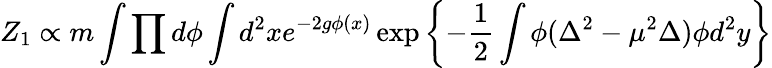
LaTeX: Z_{1}\propto m\int\prod d\phi\int d^{2}xe^{-2g\phi(x)}\exp\left\{ -\frac{1}{2}\int\phi(\Delta^{2}-\mu^{2}\Delta)\phi d^{2}y\right\}